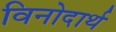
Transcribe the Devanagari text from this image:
विनोदार्थ